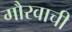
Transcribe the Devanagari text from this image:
गौरवाची